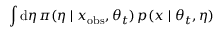
\int \mathrm d \eta \, \pi ( \eta \mid x _ { \mathrm { o b s } } , \theta _ { t } ) \, p ( x \mid \theta _ { t } , \eta )